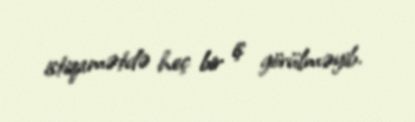
istiqamətdə heç bir iş görülməyib.